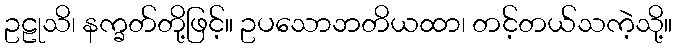
ဥဠုသိ၊ နက္ခတ်တို့ဖြင့်။ ဥပသောဘတိယထာ၊ တင့်တယ်သကဲ့သို့။